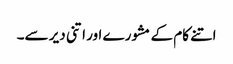
اتنے کام کے مشورے اور اتنی دیر سے۔